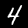
Digit: 4